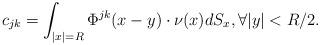
LaTeX: \begin{align*}c_{jk} = \int_{|x|=R} \Phi^{jk}(x-y) \cdot \nu(x) dS_x ,\forall |y|<R/2.\end{align*}